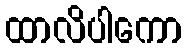
ထာလိပါကော